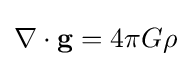
\nabla \cdot \mathbf {g} =4\pi G\rho \,\!